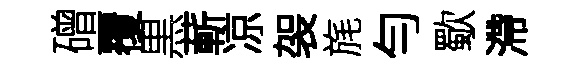
磳覆黒蔪凉袈旄勻歜滯